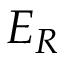
E _ { R }